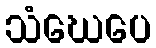
သံဃေပေ